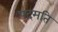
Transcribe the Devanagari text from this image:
पदमति